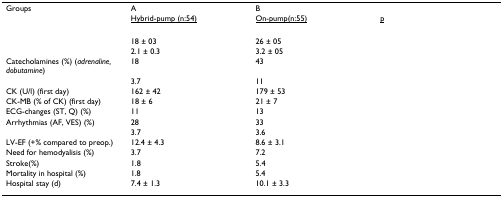
<table><thead><tr><td><b>Groups</b></td><td><b>A</b></td><td><b>B</b></td><td>[EMPTY_CELL]</td></tr><tr><td>[EMPTY_CELL]</td><td><b><underline>Hybrid-pump (n:54)</underline></b></td><td><b><underline>On-pump(n:55)</underline></b></td><td><b><underline>p</underline></b></td></tr></thead><tbody><tr><td>[EMPTY_CELL]</td><td>18 ± 03</td><td>26 ± 05</td><td>[EMPTY_CELL]</td></tr><tr><td>[EMPTY_CELL]</td><td>2.1 ± 0.3</td><td>3.2 ± 05</td><td>[EMPTY_CELL]</td></tr><tr><td>Catecholamines (%) (<i>adrenaline, dobutamine</i>)</td><td>18</td><td>43</td><td>[EMPTY_CELL]</td></tr><tr><td>[EMPTY_CELL]</td><td>3.7</td><td>11</td><td>[EMPTY_CELL]</td></tr><tr><td>CK (U/l) (first day)</td><td>162 ± 42</td><td>179 ± 53</td><td>[EMPTY_CELL]</td></tr><tr><td>CK-MB (% of CK) (first day)</td><td>18 ± 6</td><td>21 ± 7</td><td>[EMPTY_CELL]</td></tr><tr><td>ECG-changes (ST, Q) (%)</td><td>11</td><td>13</td><td>[EMPTY_CELL]</td></tr><tr><td>Arrhythmias (AF, VES) (%)</td><td>28</td><td>33</td><td>[EMPTY_CELL]</td></tr><tr><td>[EMPTY_CELL]</td><td>3.7</td><td>3.6</td><td>[EMPTY_CELL]</td></tr><tr><td>LV-EF (+% compared to preop.)</td><td>12.4 ± 4.3</td><td>8.6 ± 3.1</td><td>[EMPTY_CELL]</td></tr><tr><td>Need for hemodyalisis (%)</td><td>3.7</td><td>7.2</td><td>[EMPTY_CELL]</td></tr><tr><td>Stroke(%)</td><td>1.8</td><td>5.4</td><td>[EMPTY_CELL]</td></tr><tr><td>Mortality in hospital (%)</td><td>1.8</td><td>5.4</td><td>[EMPTY_CELL]</td></tr><tr><td>Hospital stay (d)</td><td>7.4 ± 1.3</td><td>10.1 ± 3.3</td><td>[EMPTY_CELL]</td></tr></tbody></table>